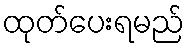
ထုတ်ပေးရမည်